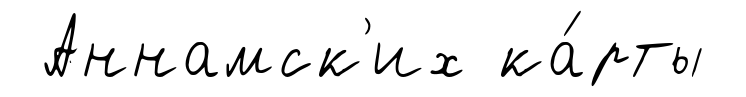
Аннамск'их ка́рты